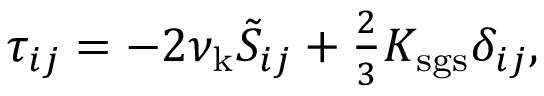
\begin{array} { r } { \tau _ { i j } = - 2 \nu _ { \mathrm { k } } \tilde { S } _ { i j } + \frac { 2 } { 3 } K _ { \mathrm { s g s } } \delta _ { i j } , } \end{array}